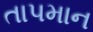
તાપમાન